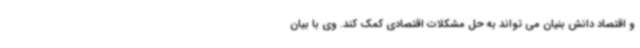
و اقتصاد دانش بنیان می تواند به حل مشکلات اقتصادی کمک کند. وی با بیان